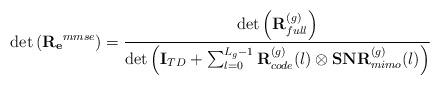
LaTeX: \begin{align*}\operatorname{det}\left(\mathbf{R_e}^{mmse}\right)=\frac{\operatorname{det}\left(\mathbf{R}_{full}^{(g)}\right)}{\operatorname{det}\left(\mathbf{I}_{TD}+\sum_{l=0}^{L_g-1}\mathbf{R}^{(g)}_{code}(l) \otimes \mathbf{SNR}^{(g)}_{mimo}(l)\right)} \end{align*}